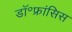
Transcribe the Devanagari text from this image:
डॉ॰फ्रांसिस